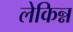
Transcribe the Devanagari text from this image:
लेकिन्न